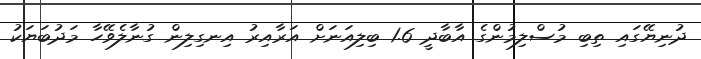
ދުނިޔޭގައި ތިބި މުސްލިމުންގެ އާބާދީ 1.6 ބިލިއަނަށް އަރާއިރު އިނގިލިން ގުނާލެވޭހާ މަދުބަޔަކު